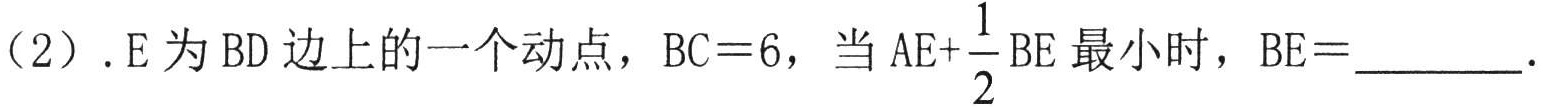
（2）.E 为 BD 边上的一个动点，BC = 6，当 \(AE+\frac{1}{2}BE\) 最小时，BE = ________.